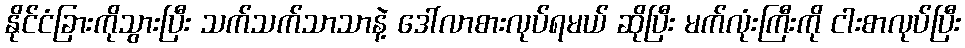
နိုင်ငံခြားကိုသွားပြီး သက်သက်သာသာနဲ့ ဒေါ်လာစားလုပ်ရမယ် ဆိုပြီး မက်လုံးကြီးကို ငါးစာလုပ်ပြီး